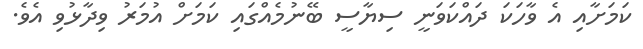
ކަމަށާއި އެ ވާހަކަ ދައްކަވަނީ ސިޔާސީ ބޭނުމެއްގައި ކަމަށް އުމަރު ވިދާޅުވި އެވެ.